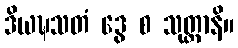
ဒိယဍ္ဎသတံ ဒွေ စ သုတ္တာနိ။